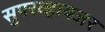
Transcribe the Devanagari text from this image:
सुपरव्हायजर